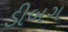
ડીબગ